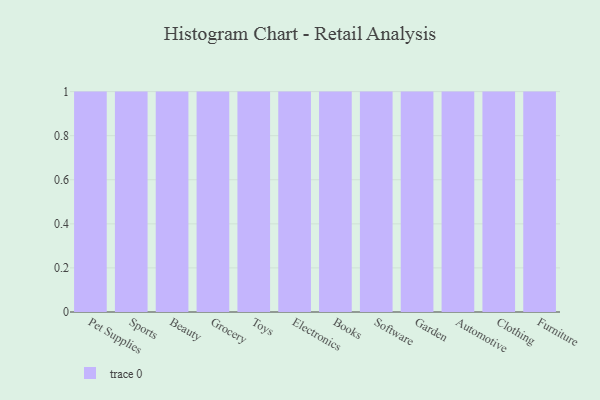
{"axis": {"x": "Category", "y": "Backlog"}, "legend": [""], "data": [{"x": "Pet Supplies", "y": 69, "type": ""}, {"x": "Sports", "y": 99, "type": ""}, {"x": "Beauty", "y": 81, "type": ""}, {"x": "Grocery", "y": 94, "type": ""}, {"x": "Toys", "y": 97, "type": ""}, {"x": "Electronics", "y": 89, "type": ""}, {"x": "Books", "y": 59, "type": ""}, {"x": "Software", "y": 28, "type": ""}, {"x": "Garden", "y": 7, "type": ""}, {"x": "Automotive", "y": 30, "type": ""}, {"x": "Clothing", "y": 43, "type": ""}, {"x": "Furniture", "y": 95, "type": ""}]}